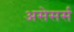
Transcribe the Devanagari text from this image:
असेसर्स